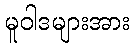
မူဝါဒများအား